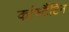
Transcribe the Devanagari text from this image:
कांस्टैंटिन